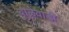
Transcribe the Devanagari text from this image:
बाळेवाडी